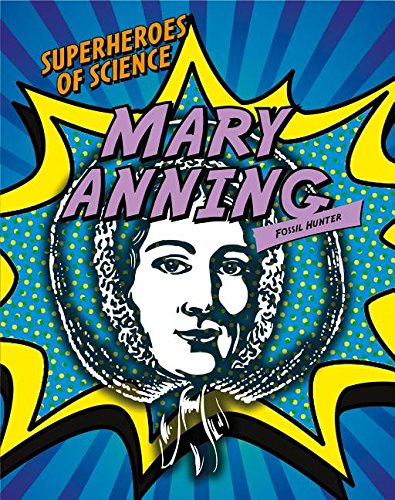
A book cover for Mary Anning: Fossil Hunter (Superheroes of Science); Robert Sneddon; Teen & Young Adult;